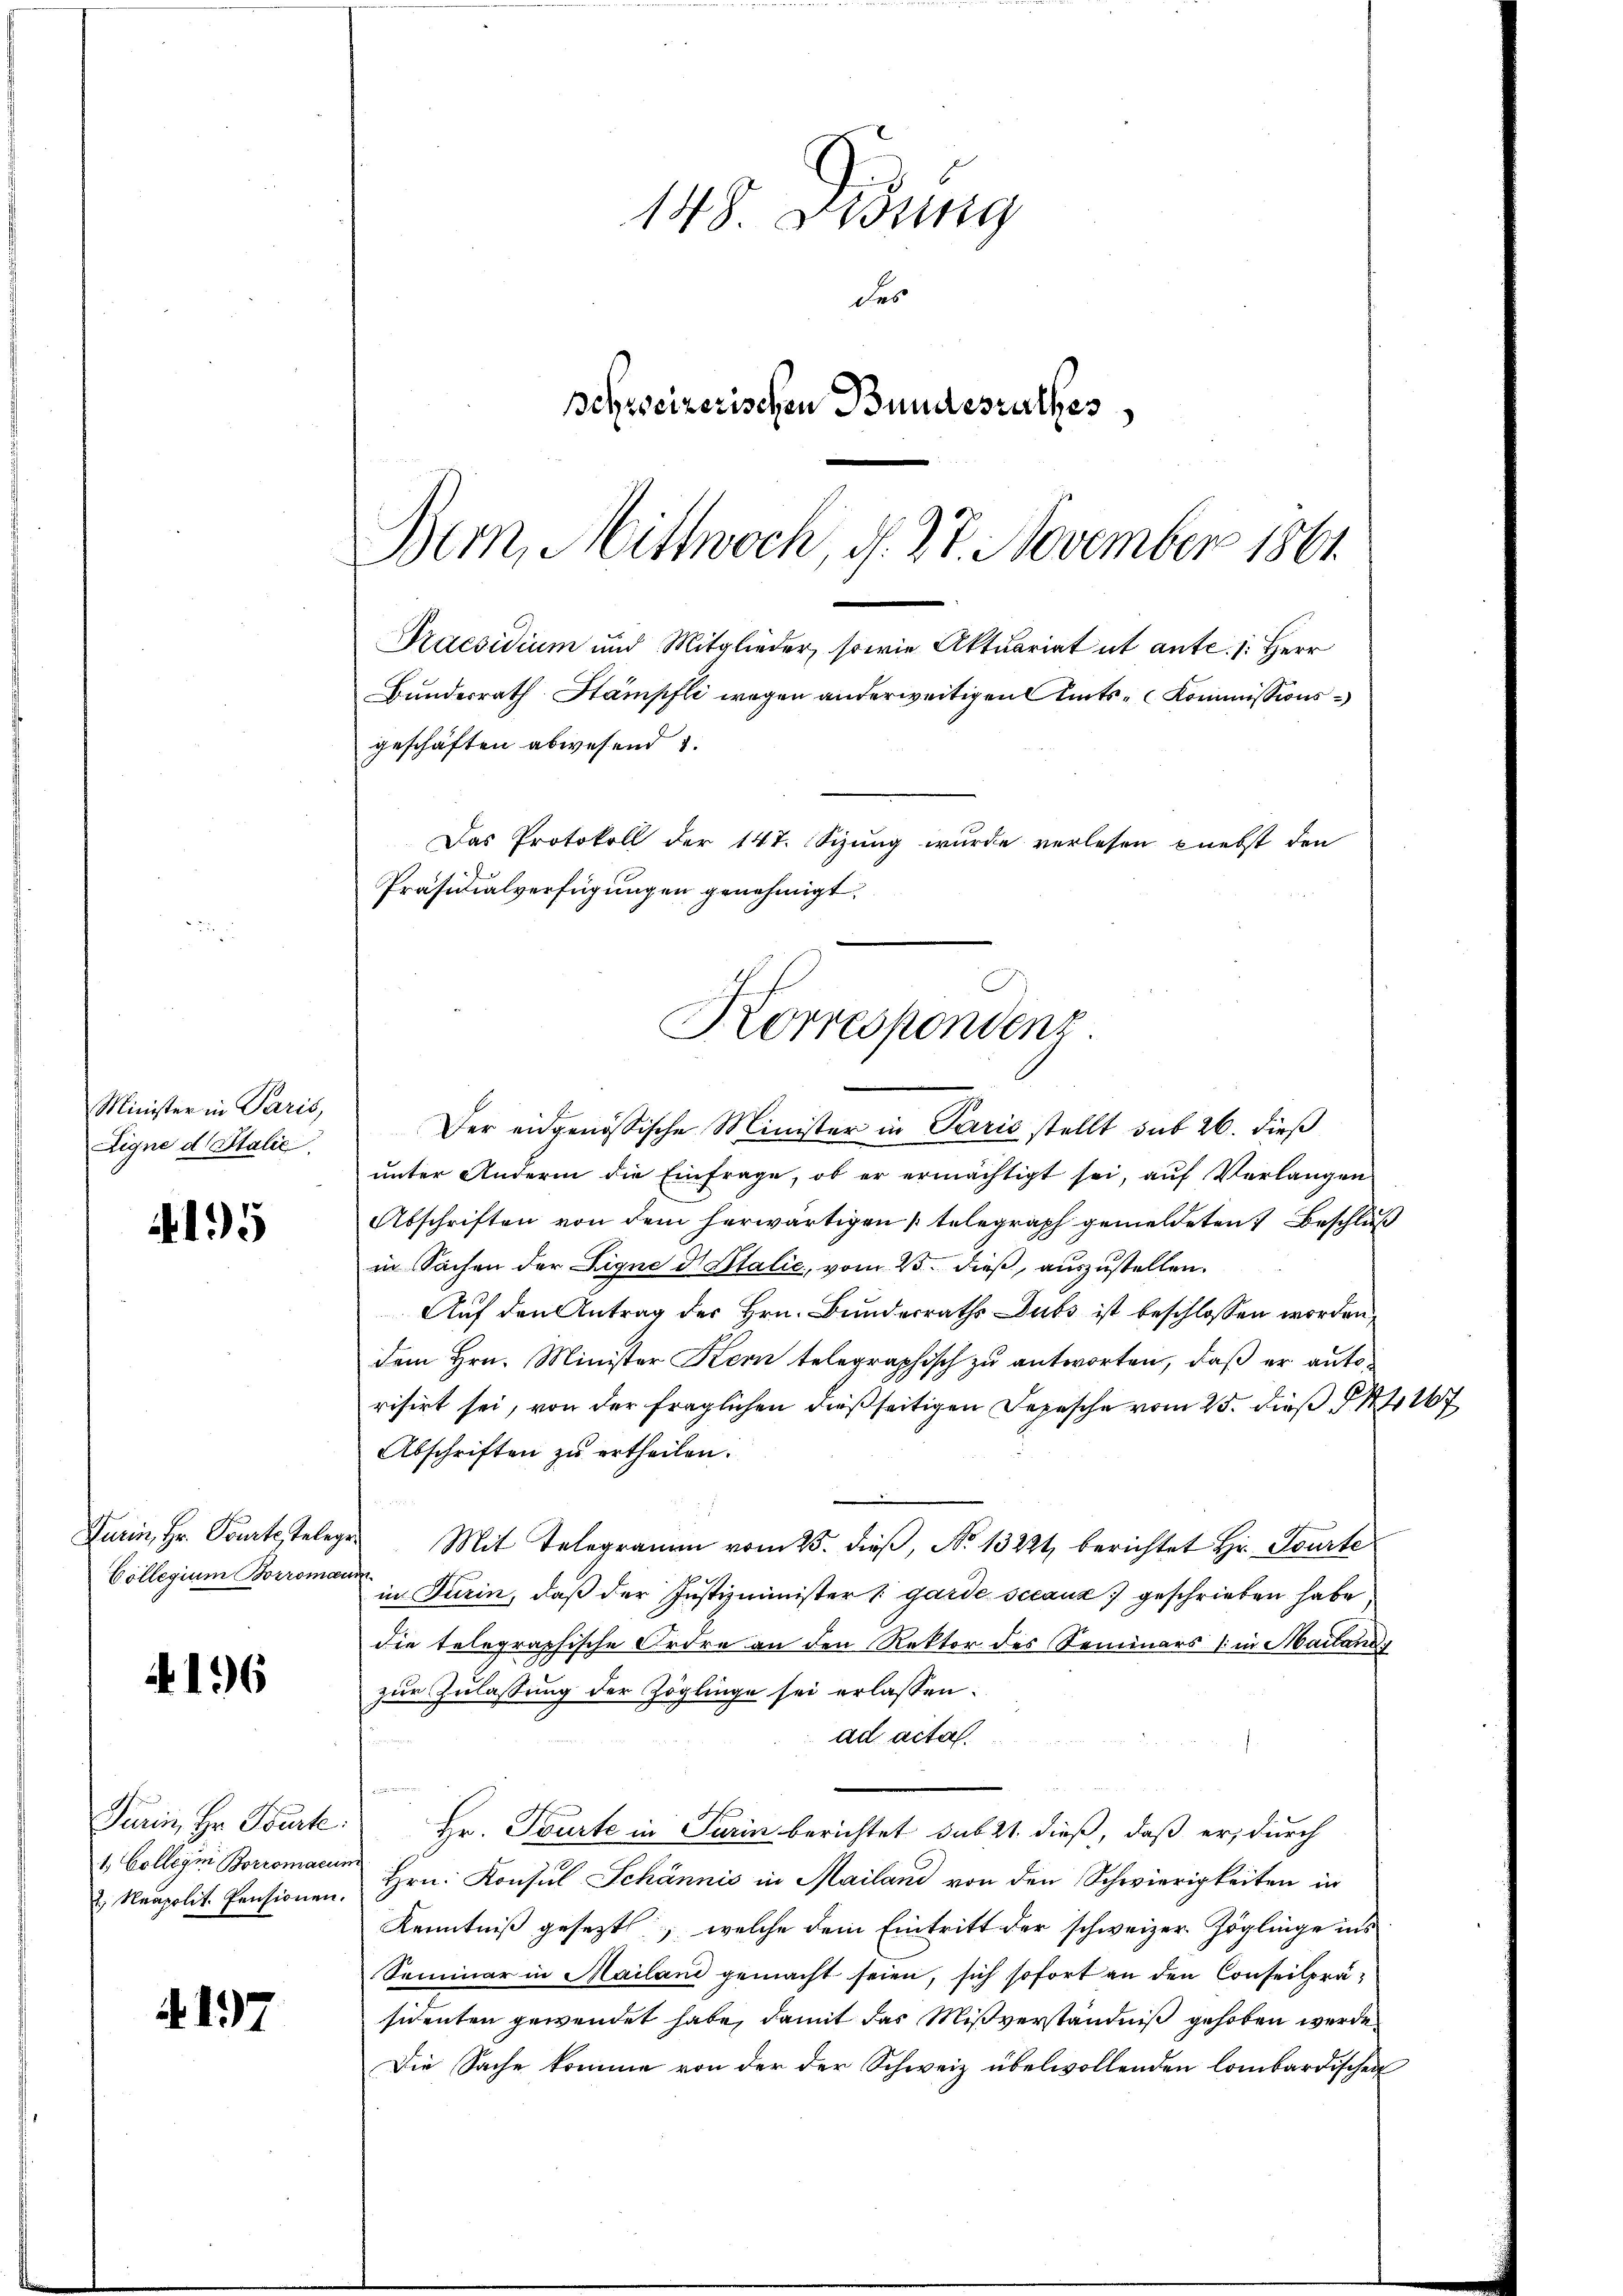
Minister in Paris,
Eigne d Italie

195

Furin, Hr. Tourte, teleg
Collegium Borroman

4196

Turin, Hr. Furt:
1. Collegii Borromacun
2. Neapolit. Pensionen.

4197

148 Didung
des
schweizerischen Bundesrathes,
Bern, Mittwoch, d. 27. November 1861.

Praesidium und Mitglieder, sowie Aktuariat ut ante. 1. Herr
Bundesrath Stämpfli wegen anderweitigen Amts-Kommissionsgeschäften abwesend
Das Protokoll der 147. Sizung wurde verlesen knebst den
Präsidialverfügungen genehmigt.
Korrespondenz.

Der eidgenössische Minister in Paris stellt sub 26. dieß
unter Andern die Einfrage, ob er ermächtigt sei, auf Verlangen
Abschriften von dem herwärtigen telegraph gemeldeten Beschluß
in Sachen der Eigne di Stalie, vom 23. dieß, auszustellen.
Auf den Antrag des Hrn. Bundesraths Dubs ist beschlossen worden
dem Hrn. Minister Kern telegraphisch zu antworten, daß er autorisirt sei, von der fraglichen dießseitigen Depesche vom 25. dieß 1167
Abschriften zu ertheilen.
Mit Telegramm vom 25. dieβ, No 13221 berichtet Hr. Tourte
in Turin, daß der Justizminister garde sccauz :/ geschrieben habe
die telegraphische Ordre an den Rektor des Seminars (in Mailand
zur Zulassung der Zöglinge sei erlassen.
ad acta.
Hr. Tourte in Turin berichtet sub 21. dieß, daß er, durch
Hrn. Konsul Schännis in Mailand von den Schwierigkeiten in
Kenntniß gesezt, welche dem Eintritt der schweizer Zöglinge ins
Seminar in Mailand gemacht seien, sich sofort an den Conseilpräsidenten gewendet habe, damit das Mißverständniß gehoben werde
Die Sache komme von der der Schweiz übelwollenden Combardischen